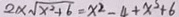
2 \times \sqrt { x ^ { 2 } + 6 } = x ^ { 2 } - 4 + x ^ { 3 } + 6